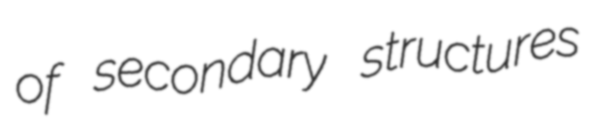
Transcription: of secondary structures